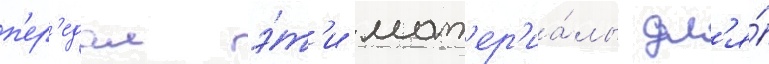
п'ер'едал э́т'и мат'ер'иа́лы дл'я́